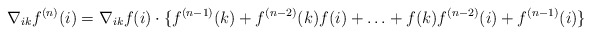
\begin{align*}\nabla_{ik}f^{(n)}(i)=\nabla_{ik}f(i)\cdot\{f^{(n-1)}(k)+f^{(n-2)}(k)f(i)+\ldots+f(k)f^{(n-2)}(i)+f^{(n-1)}(i)\}\end{align*}